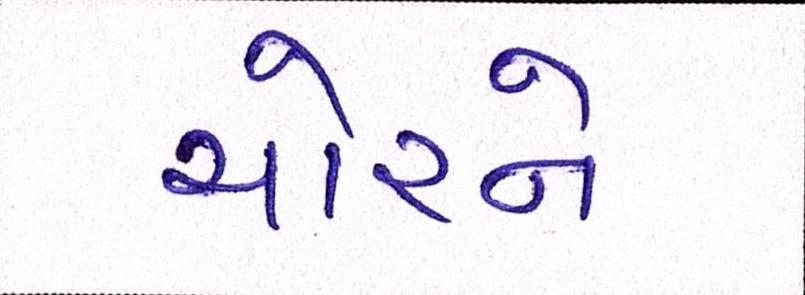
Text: ચોરને